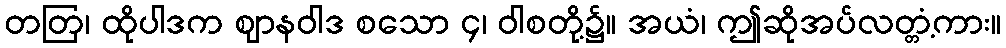
တတြ၊ ထိုပါဒက ဈာနဝါဒ စသော ၄၊ ဝါစတို့၌။ အယံ၊ ဤဆိုအပ်လတ္တံ့ကား။